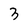
Character: 3